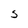
Character: S